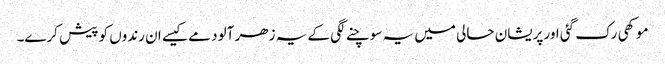
موکھی رک گئی اور پریشان حالی میں یہ سوچنے لگی کے یہ زھر آلود مے کیسے ان رندوں کو پیش کرے۔